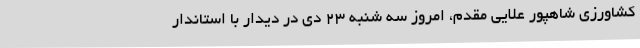
کشاورزی شاهپور علایی مقدم، امروز سه شنبه 23 دی در دیدار با استاندار